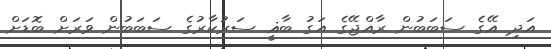
އަދި އޭގެ ސަބަބުން ރާއްޖޭގެ އަގު ބާޣީ ސަރުކާރުގެ ސަބަބުން ވަރަށް ބޮޑަށް